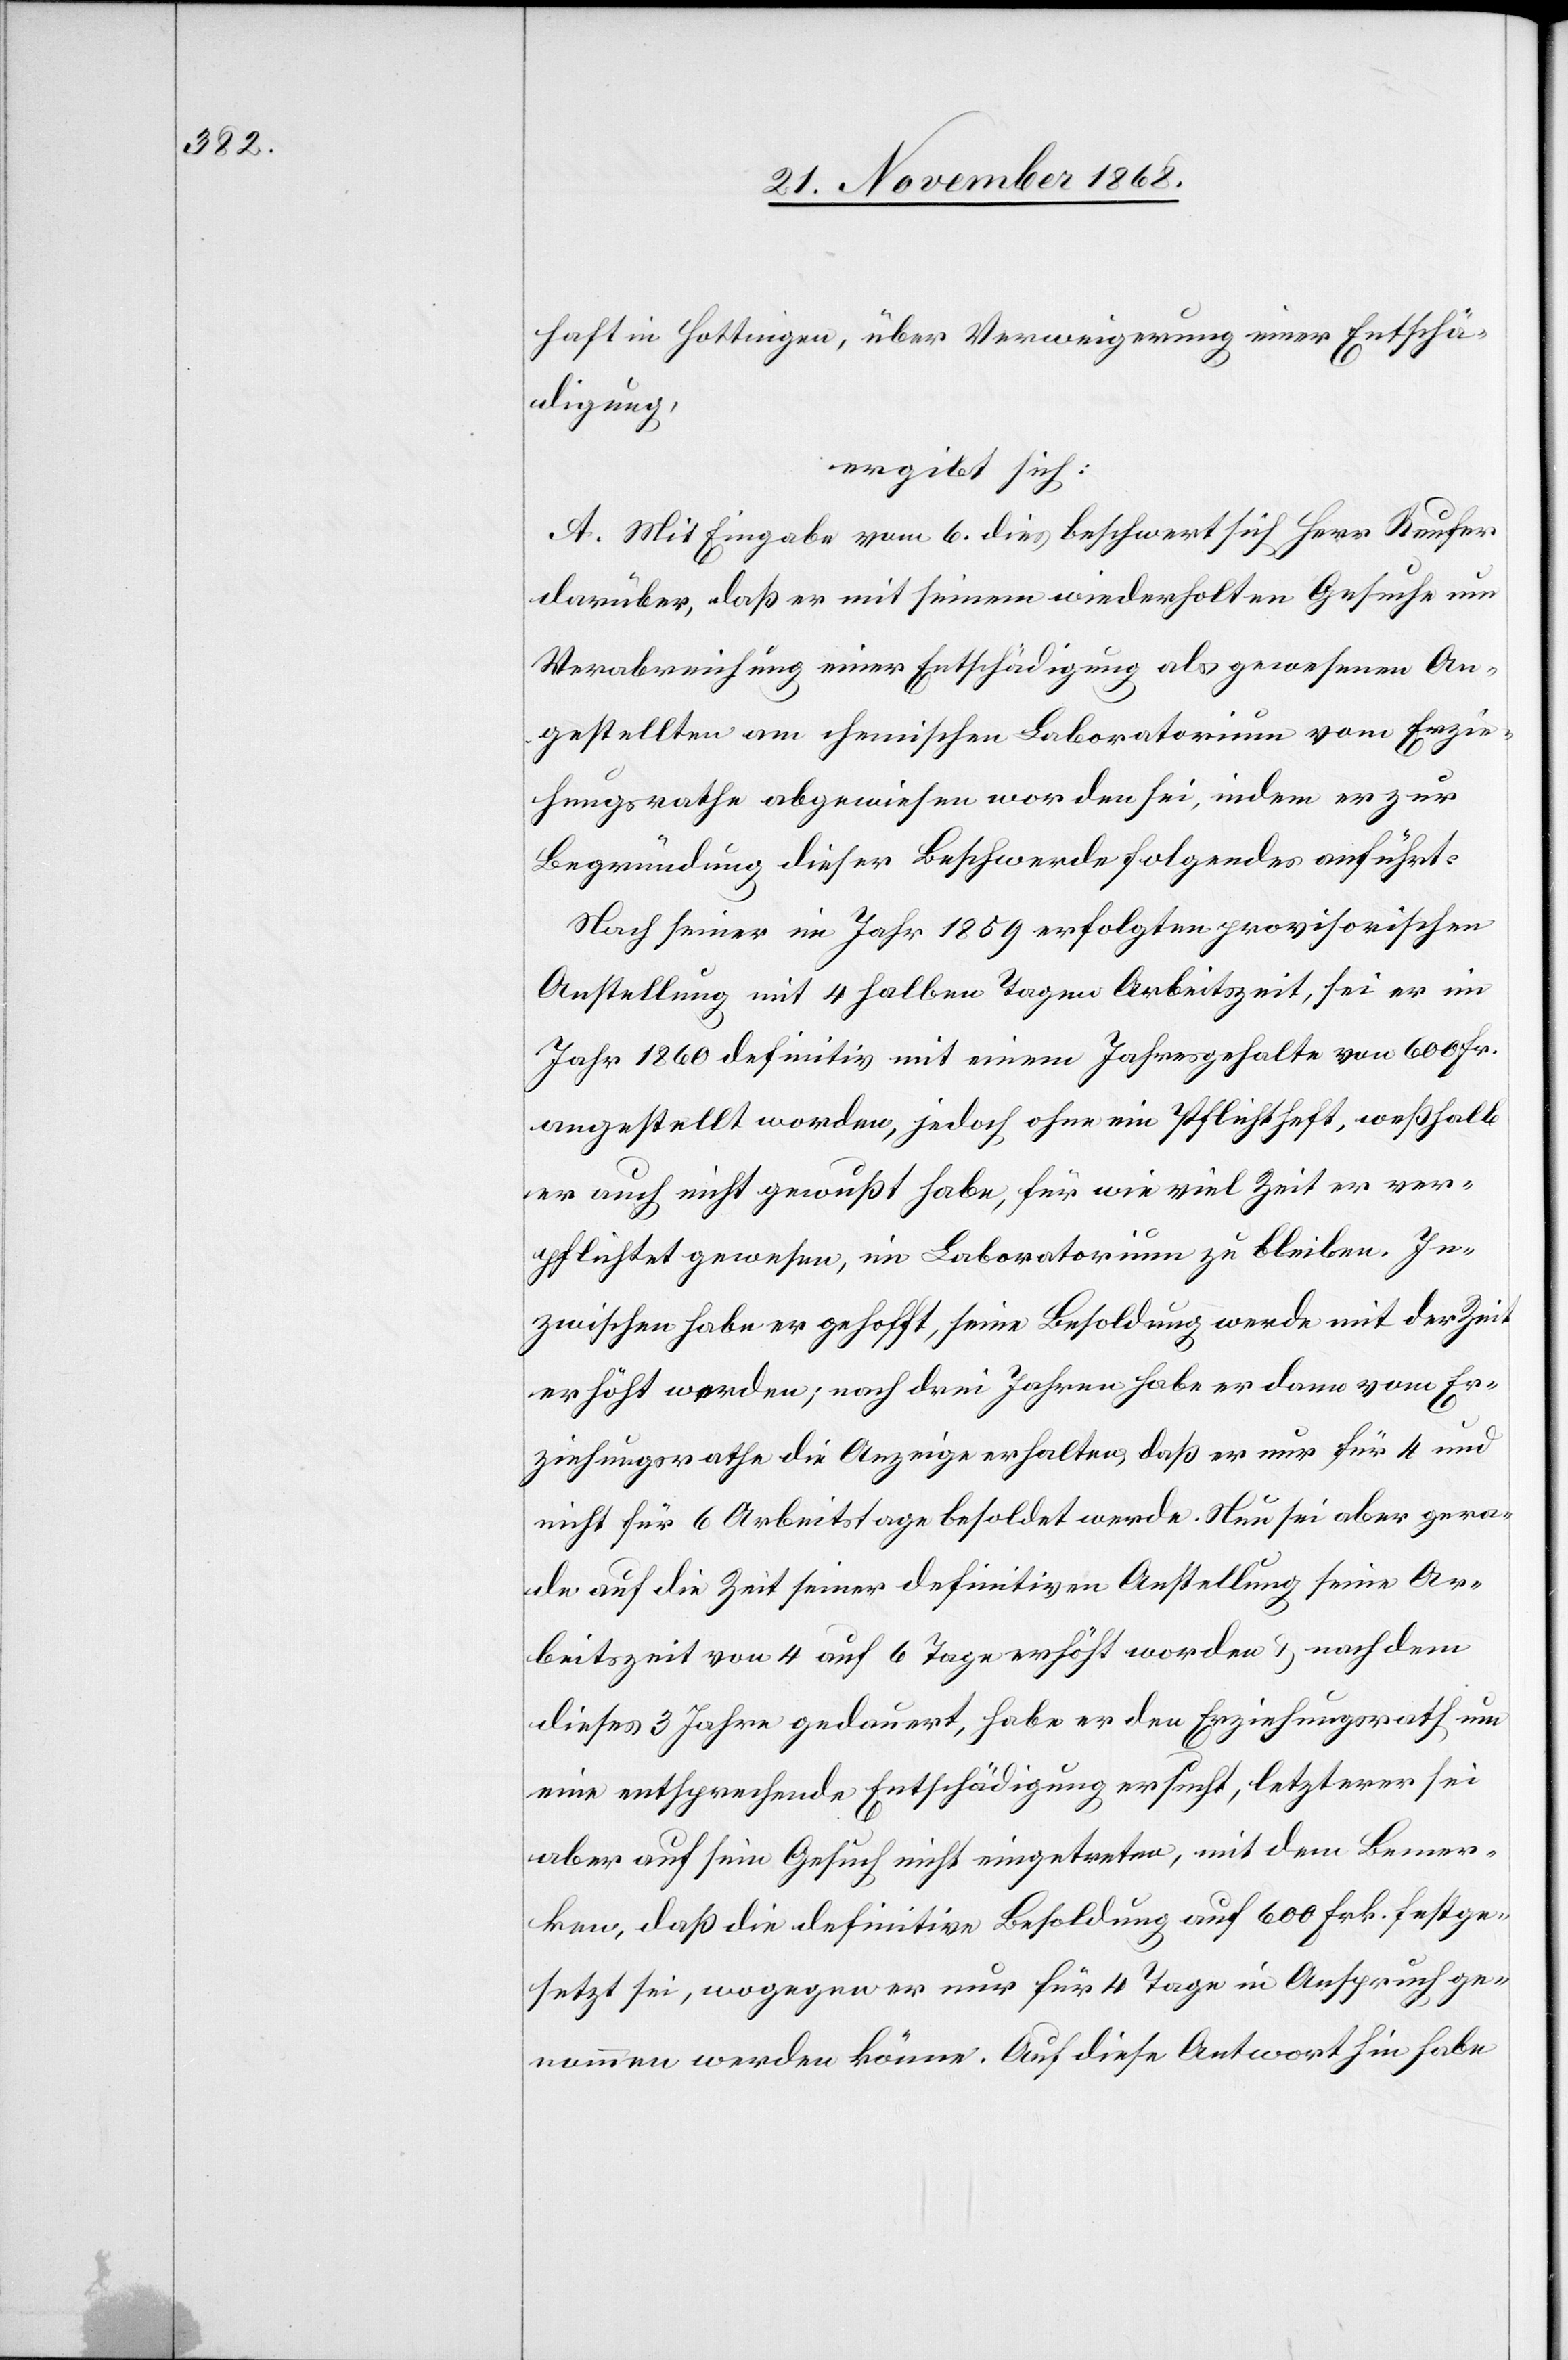
haft in Hottingen, über Verweigerung einer Entschä¬
digung,
ergibt sich:
A. Mit Eingabe vom 6. dies beschwert sich Herr Reufer
darüber, daß er mit seinem wiederholten Gesuche um
Verabreichung einer Entschädigung als gewesenen An¬
gestellten am chemischen Laboratorium vom Erzie¬
hungsrathe abgewiesen worden sei, indem er zur
Begründung dieser Beschwerde folgendes anführt:
Nach seiner im Jahr 1859 erfolgten provisorischen
Anstellung mit 4 halben Tagen Arbeitszeit, sei er im
Jahr 1860 definitiv mit einem Jahresgehalte von 600 Fr.
angestellt worden, jedoch ohne ein Pflichtheft, weßhalb
er auch nicht gewußt habe, für wie viel Zeit er ver¬
pflichtet gewesen, im Laboratorium zu bleiben. In¬
zwischen habe er gehofft, seine Besoldung werde mit der Zeit
erhöht werden; nach drei Jahren habe er dann vom Er¬
ziehungsrathe die Anzeige erhalten, daß er nur für 4 und
nicht für 6 Arbeitstage besoldet werde. Nun sei aber gera¬
de auf die Zeit seiner definitiven Anstellung seine Ar¬
beitszeit von 4 auf 6 Tage erhöht worden & nachdem
dieses 3 Jahre gedauert, habe er den Erziehungsrath um
eine entsprechende Entschädigung ersucht, letzterer sei
aber auf sein Gesuch nicht eingetreten, mit dem Bemer¬
ken, daß die definitive Besoldung auf 600 Frk. festge¬
setzt sei, wogegen er nur für 4 Tage in Anspruch ge¬
nommen werden könne. Auf diese Antwort hin habe